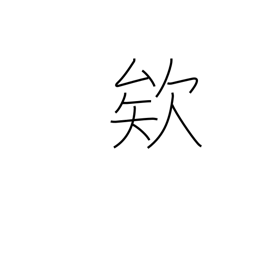
Meaning: exclamation